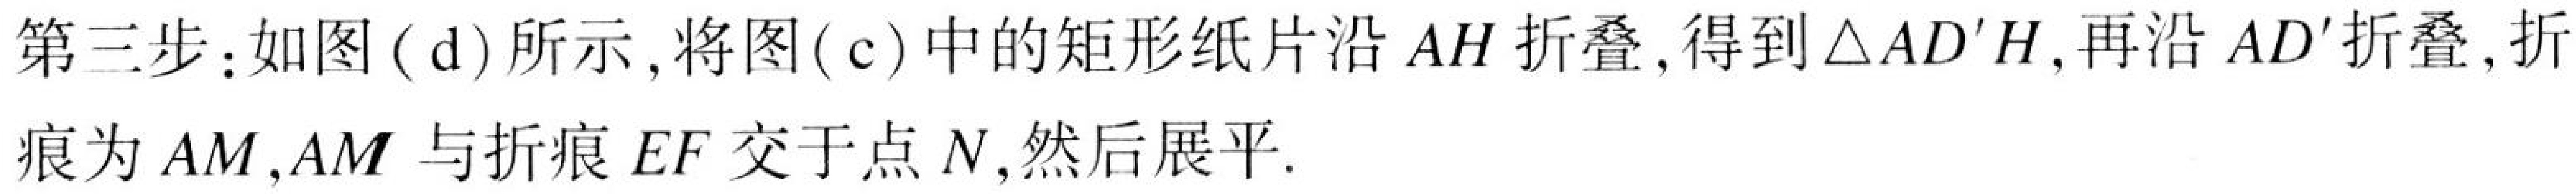
第三步：如图( d)所示，将图( c)中的矩形纸片沿 \(AH\) 折叠，得到\(\triangle AD'H\)，再沿 \(AD'\)折叠，折痕为 \(AM\)，\(AM\) 与折痕 \(EF\) 交于点 \(N\)，然后展平.